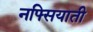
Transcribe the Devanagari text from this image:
नफ्सियाती